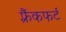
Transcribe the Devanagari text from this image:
फ़्रैंकफर्ट